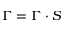
\Gamma = \Gamma \cdot S